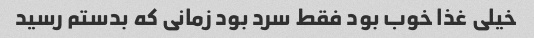
خیلی غذا خوب بود فقط سرد بود زمانی که بدستم رسید